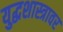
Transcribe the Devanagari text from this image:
युद्धशास्त्रावर